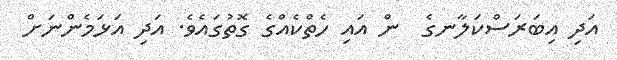
އަދި އިބަރަސްކަލާނގެ  ން އައި ހެތްކެއްގެ ގޮތުގައެވެ. އަދި އަޅަމެންނަށް